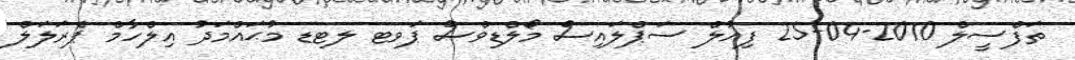
ތަފްސީލް 2010-04-25 ފިއުލް ސަޕްލައިސް މޯލްޑިވްސް ޕަވޓ ލޓޑ މުޙައްމަދު އިލްހާމް ޕެރަލަލް